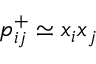
p _ { i j } ^ { + } \simeq x _ { i } x _ { j }